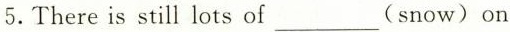
5.Thereis stil ots of___ (snow)on